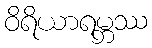
ဝိရိယာရမ္ဘဿ